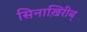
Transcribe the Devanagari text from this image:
सिनाख़िरीब्